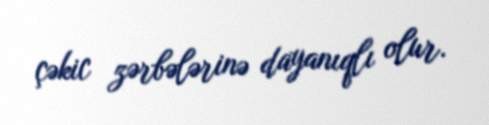
çəkic zərbələrinə dayanıqlı olur.